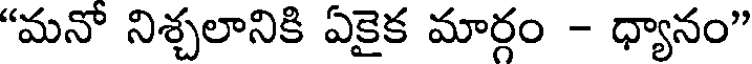
"మనో నిశ్చలానికి ఏకైక మార్గం - ధ్యానం"